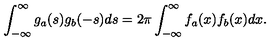
\int _ { - \infty } ^ { \infty } g _ { a } ( s ) g _ { b } ( - s ) d s = 2 \pi \int _ { - \infty } ^ { \infty } f _ { a } ( x ) f _ { b } ( x ) d x .